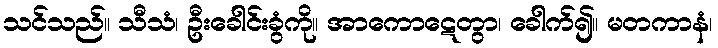
သင်သည်။ သီသံ၊ ဦးခေါင်းခွံကို။ အာကောဋေတွာ၊ ခေါက်၍။ မတကာနံ၊